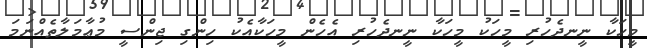
މީހަކާ ނީނދެހުރި މީހަކު މީހަކާ ނީނދެހުރި އެހެން މީހަކާއެކު ހިންގި ޖިންސީ މުޢާމަލާތެއްނަމަ